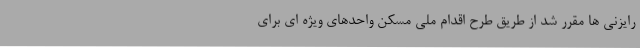
رایزنی ها مقرر شد از طریق طرح اقدام ملی مسکن واحدهای ویژه ای برای